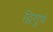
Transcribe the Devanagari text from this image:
द्विगुणं